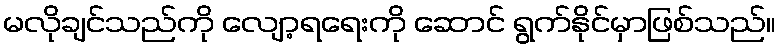
မလိုချင်သည်ကို လျော့ရရေးကို ဆောင် ရွက်နိုင်မှာဖြစ်သည်။